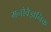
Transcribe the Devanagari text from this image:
मनोवैज्ञनिक